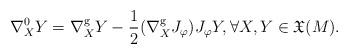
LaTeX: \begin{align*}\nabla^{0}_X Y = \nabla^{\mathrm{g}}_X Y -\frac{1}{2} (\nabla^{\mathrm{g}}_X J_{\varphi}) J_{\varphi} Y, \forall X, Y \in {\mathfrak X} (M).\end{align*}